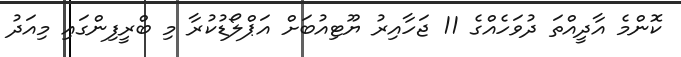
ކޮންމެ އާދީއްތަ ދުވަހެއްގެ 11 ޖަހާއިރު ޔޫޓިއުބަށް އަޕްލޯޑުކުރާ މި ބްރީފިންގައި މިއަދު